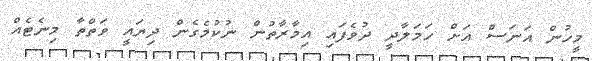
މީހުން އަނަސް އަށް ހަމަލާދީ ދުވެފައި އިމާރާތުން ނުކުމެގެން ދިޔައީ ވަތްތާ މިނެޓެއް